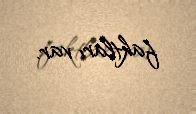
faktları var.